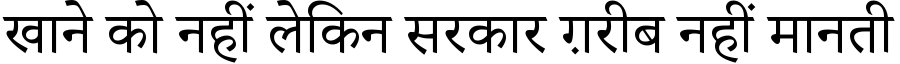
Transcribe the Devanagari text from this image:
खाने को नहीं लेकिन सरकार ग़रीब नहीं मानती